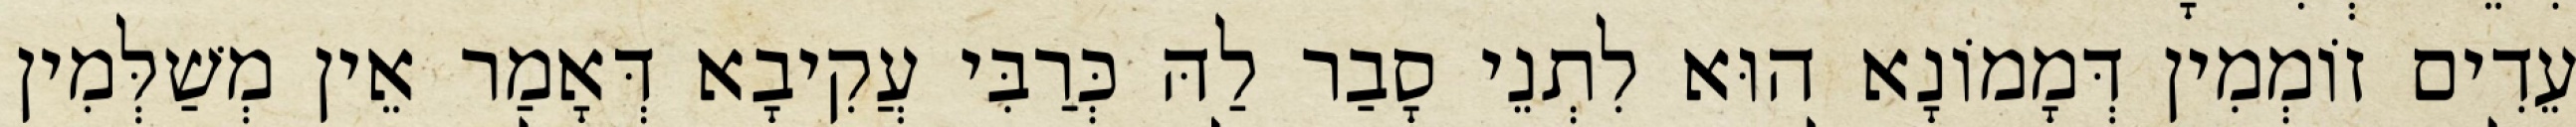
עֵדִים זוֹמְמִין דְּמָמוֹנָא הוּא לִתְנֵי סָבַר לַהּ כְּרַבִּי עֲקִיבָא דְּאָמַר אֵין מְשַׁלְּמִין